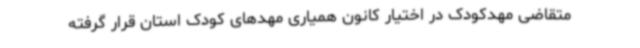
متقاضی مهدکودک در اختیار کانون همیاری مهدهای کودک استان قرار گرفته